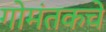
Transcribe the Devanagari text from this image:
गोमंतकचे